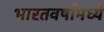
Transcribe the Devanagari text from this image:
भारतवर्षामध्ये